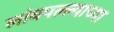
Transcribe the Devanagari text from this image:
लांबपल्ल्याच्या